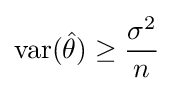
\operatorname {var} ({\hat {\theta }})\geq {\frac {\sigma ^{2}}{n}}